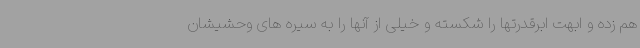
هم زده و ابهت ابرقدرتها را شکسته و خیلی از آنها را به سیره های وحشیشان